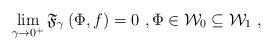
LaTeX: \begin{align*}\lim_{\gamma \rightarrow 0^{+}}\mathfrak{F}_{\gamma }\left( \Phi ,f\right)=0\ ,\Phi \in \mathcal{W}_{0}\subseteq \mathcal{W}_{1}\ ,\end{align*}